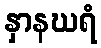
နှာနဃရံ